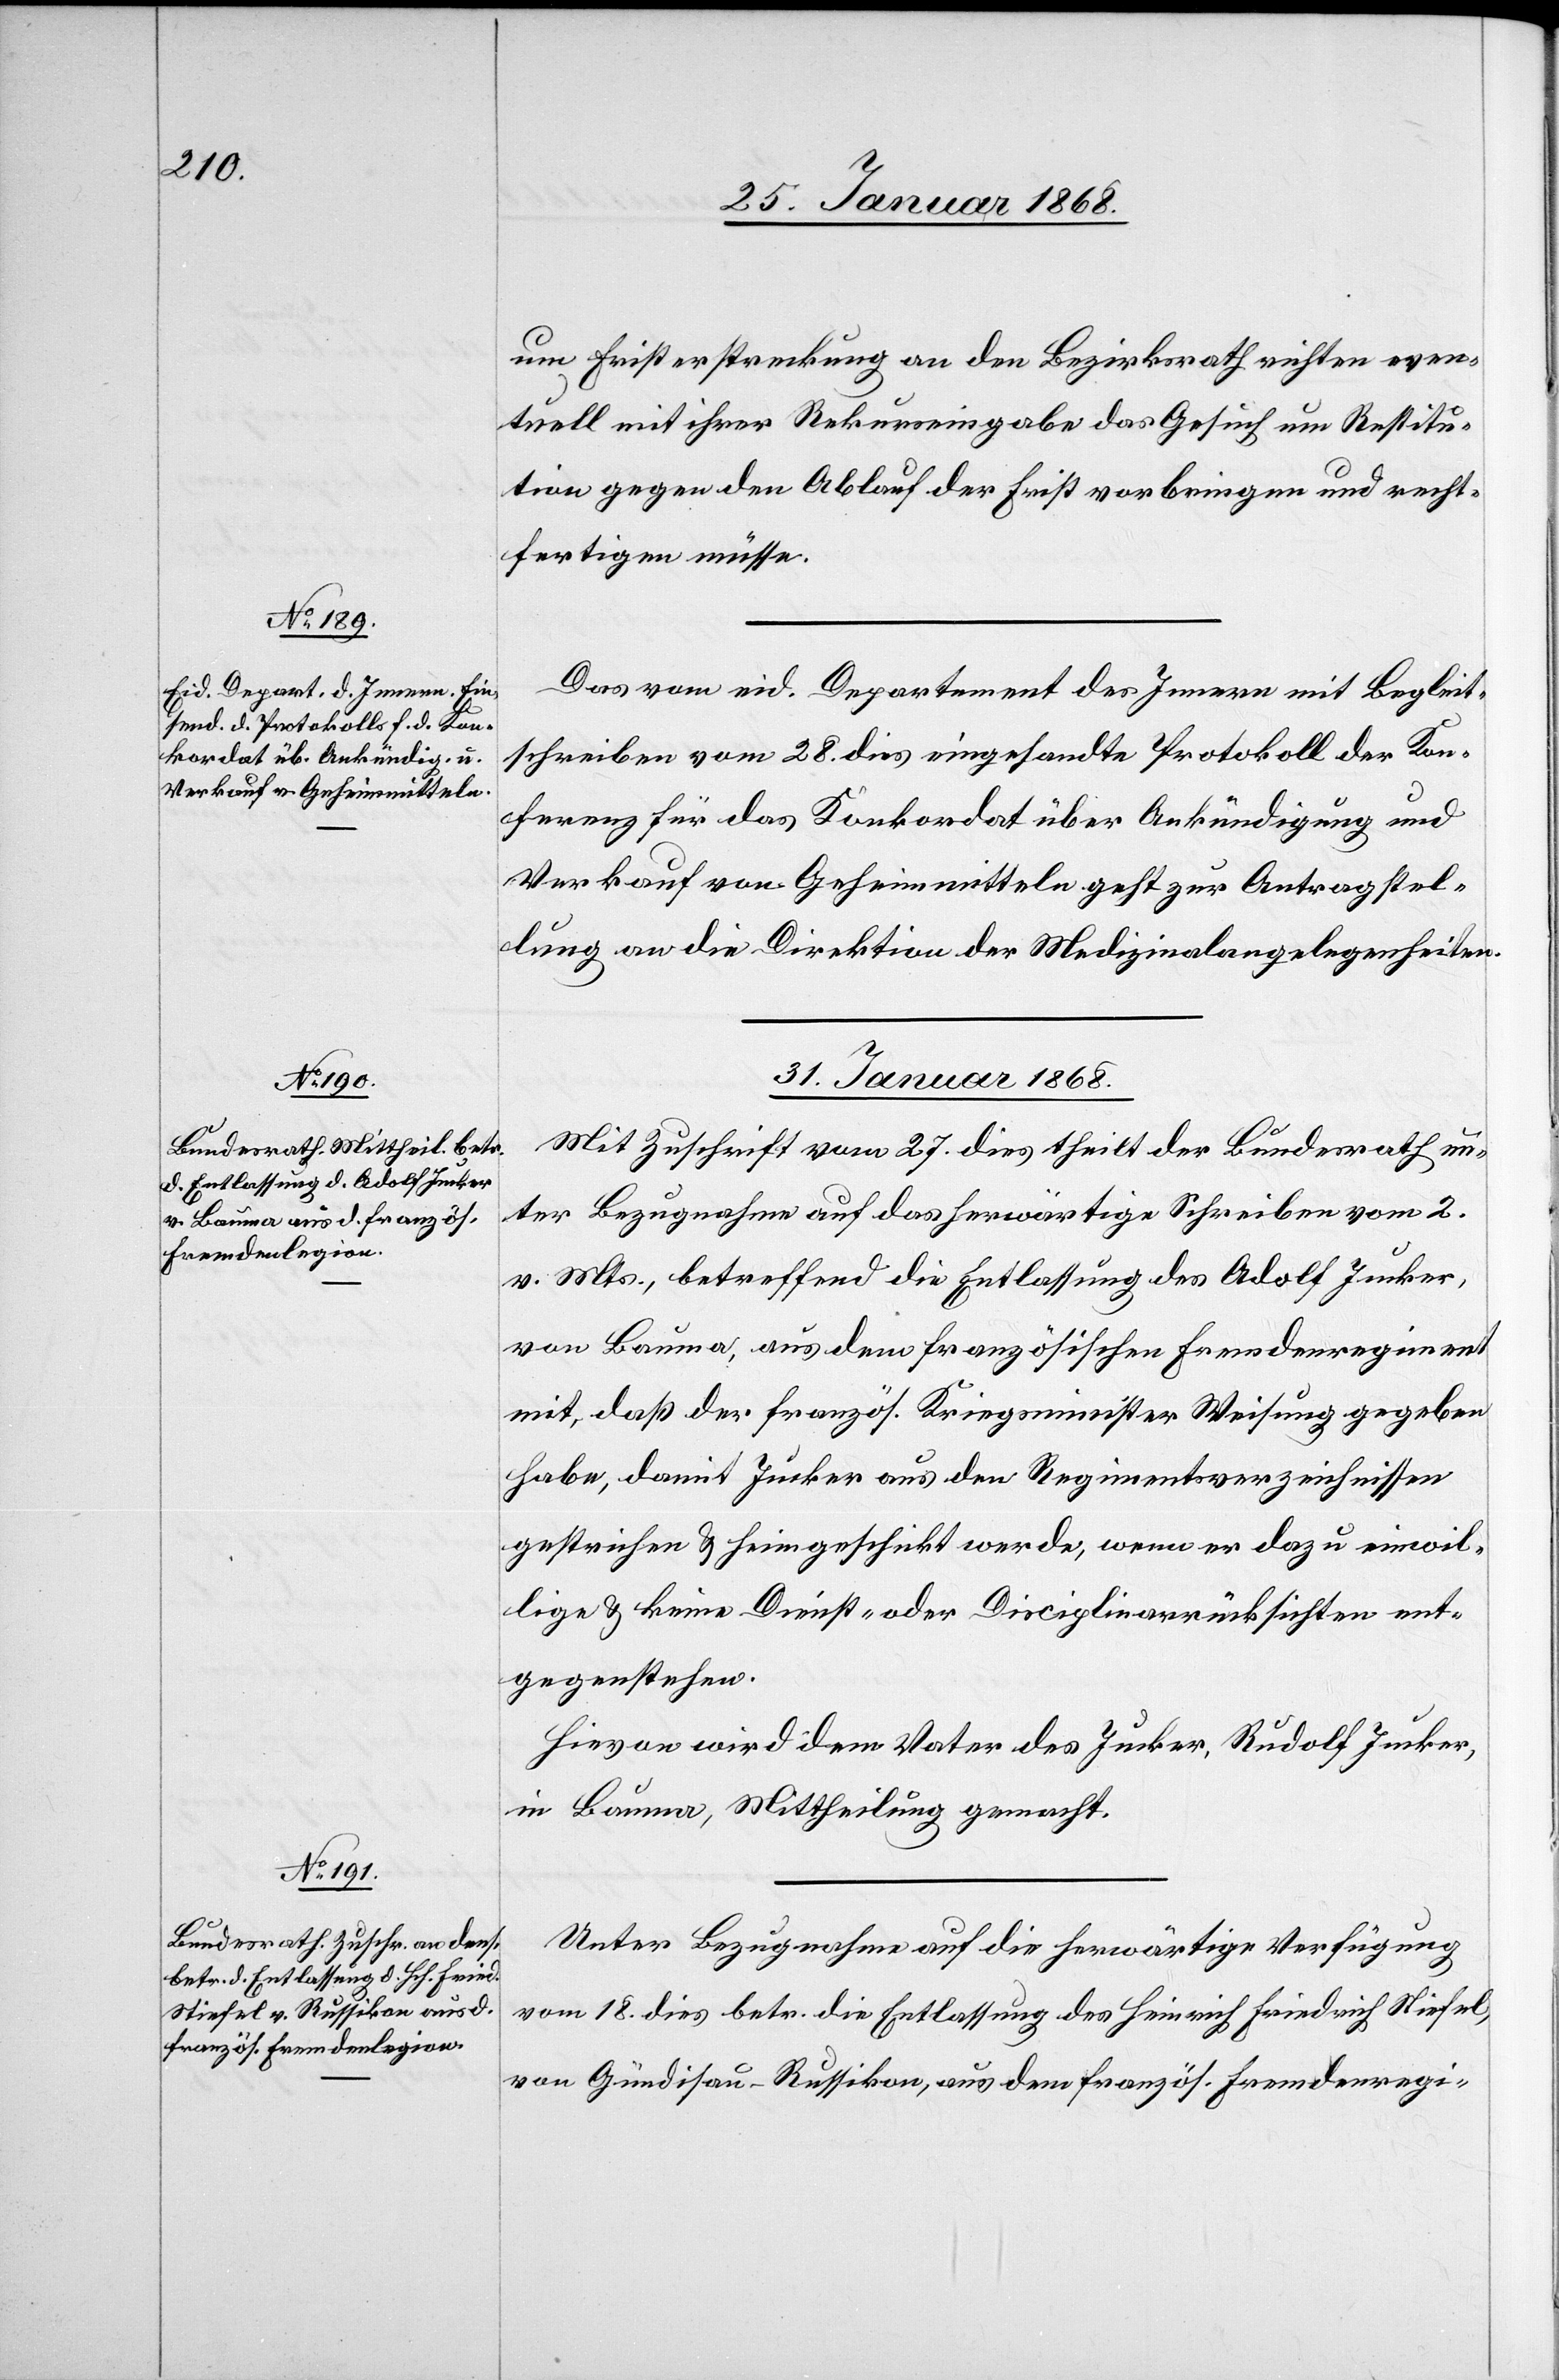
um Fristerstreckung an den Bezirksrath richten even¬
tuell mit ihrer Rekurseingabe das Gesuch um Restitu¬
tion gegen den Ablauf der Frist vorbringen und recht¬
fertigen müsse.
Das vom eid. Departement des Innern mit Begleit¬
schreiben vom 28. dies eingesandte Protokoll der Kon¬
ferenz für das Konkordat über Ankündigung und
Verkauf von Geheimmitteln geht zur Antragstel¬
lung an die Direktion der Medizinalangelegenheiten.
31. Januar 1868.]
Mit Zuschrift vom 27. dies theilt der Bundesrath un¬
ter Bezugnahme auf das herwärtige Schreiben vom 2.
v. Mts., betreffend die Entlassung des Adolf Jucker,
von Bauma, aus dem französischen Fremdenregiment
mit, daß der französ. Kriegsminister Weisung gegeben
habe, damit Jucker aus den Regimentsverzeichnissen
gestrichen & heimgeschickt werde, wenn er dazu einwil¬
lige & keine Dienst- oder Disciplinarrücksichten ent¬
gegenstehen.
Hievon wird dem Vater des Jucker, Rudolf Jucker,
in Bauma, Mittheilung gemacht.
Unter Bezugnahme auf die herwärtige Verfügung
vom 18. dies betr. die Entlassung des Heinrich Friedrich Stiefel,
von Gündisau-Russikon, aus dem französ. Fremdenregi-